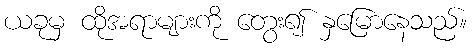
ယခုမှ ထိုအရာများကို တွေး၍ နှမြောနေသည်။